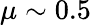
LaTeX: \mu\sim 0.5